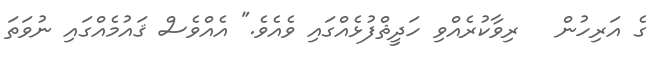
ގެ އަރިހުން   ރިވާކުރެއްވި ހަދީޘްފުޅެއްގައި ވެއެވެ." އެއްވެސް ޤައުމެއްގައި ނުވަތަ